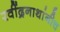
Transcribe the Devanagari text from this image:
रवींद्रनाथांनीच